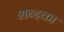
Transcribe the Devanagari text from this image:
शब्दका